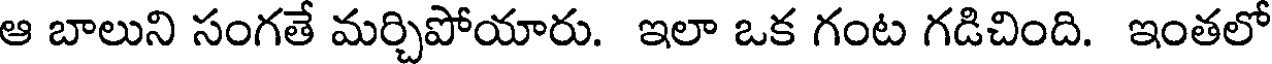
ఆ బాలుని సంగతే మర్చిపోయారు. ఇలా ఒక గంట గడిచింది. ఇంతలో